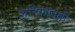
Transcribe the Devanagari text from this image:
अरिकावती